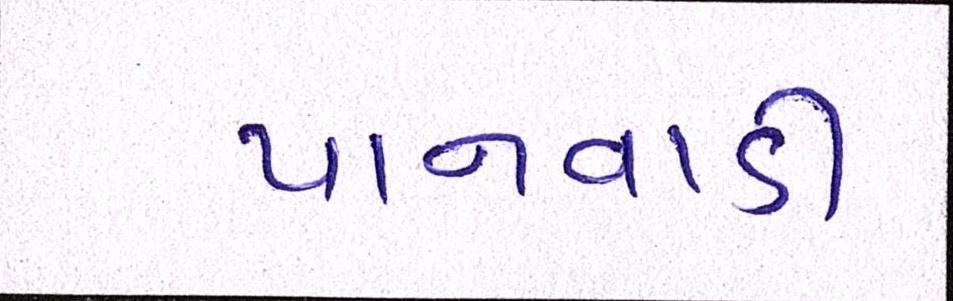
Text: પાનવાડી